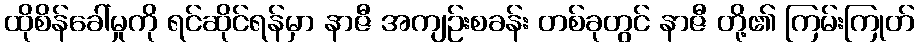
ထိုစိန်ခေါ်မှုကို ရင်ဆိုင်ရန်မှာ နာဇီ အကျဉ်းစခန်း တစ်ခုတွင် နာဇီ တို့၏ ကြမ်းကြုတ်